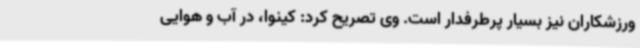
ورزشکاران نیز بسیار پرطرفدار است. وی تصریح کرد: کینوا، در آب و هوایی